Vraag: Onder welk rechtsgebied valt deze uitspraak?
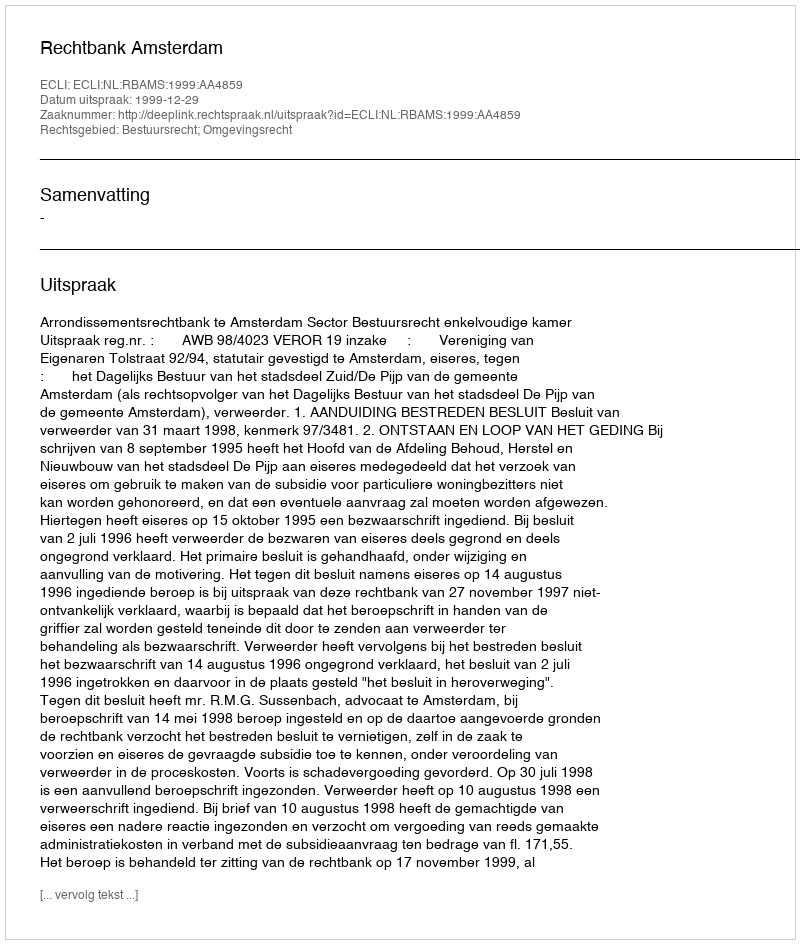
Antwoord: Bestuursrecht; Omgevingsrecht